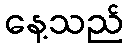
နေ့သည်